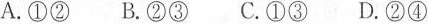
A.①② B.②③ C.①③ D.②④